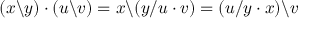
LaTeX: ( x \backslash y ) \cdot ( u \backslash v ) = x \backslash ( y / u \cdot v ) = ( u / y \cdot x ) \backslash v